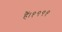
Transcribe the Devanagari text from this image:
हैं।१९९१